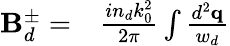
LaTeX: \begin{array}{rl}{\mathbf{B}_{d}^{\pm}=}&{{}\frac{in_{d}k_{0}^{2}}{2\pi}\int\frac{d^{2}\mathbf{q}}{w_{d}}}\end{array}